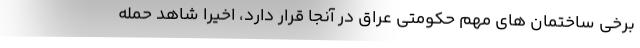
برخی ساختمان های مهم حکومتی عراق در آنجا قرار دارد، اخیرا شاهد حمله